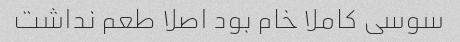
سوسی کاملا خام بود اصلا طعم نداشت